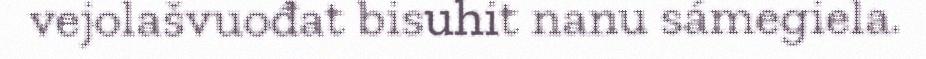
vejolašvuođat bisuhit nanu sámegiela.